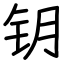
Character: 钥